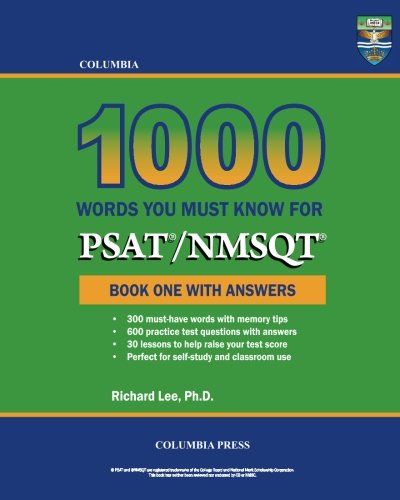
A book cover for Columbia 1000 Words You Must Know for PSAT/NMSQT: Book One with Answers (Volume 1); Richard Lee Ph.D.; Test Preparation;